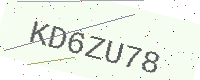
Text: KD6ZU78